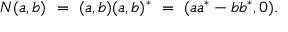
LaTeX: N ( a , b ) \ = \ ( a , b ) ( a , b ) ^ { * } \ = \ ( a a ^ { * } - b b ^ { * } , 0 ) .